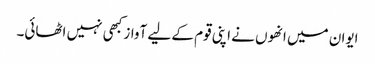
ایوان میں انھوں نے اپنی قوم کے لیے آواز کبھی نہیں اٹھائی۔